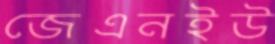
জেএনইউ